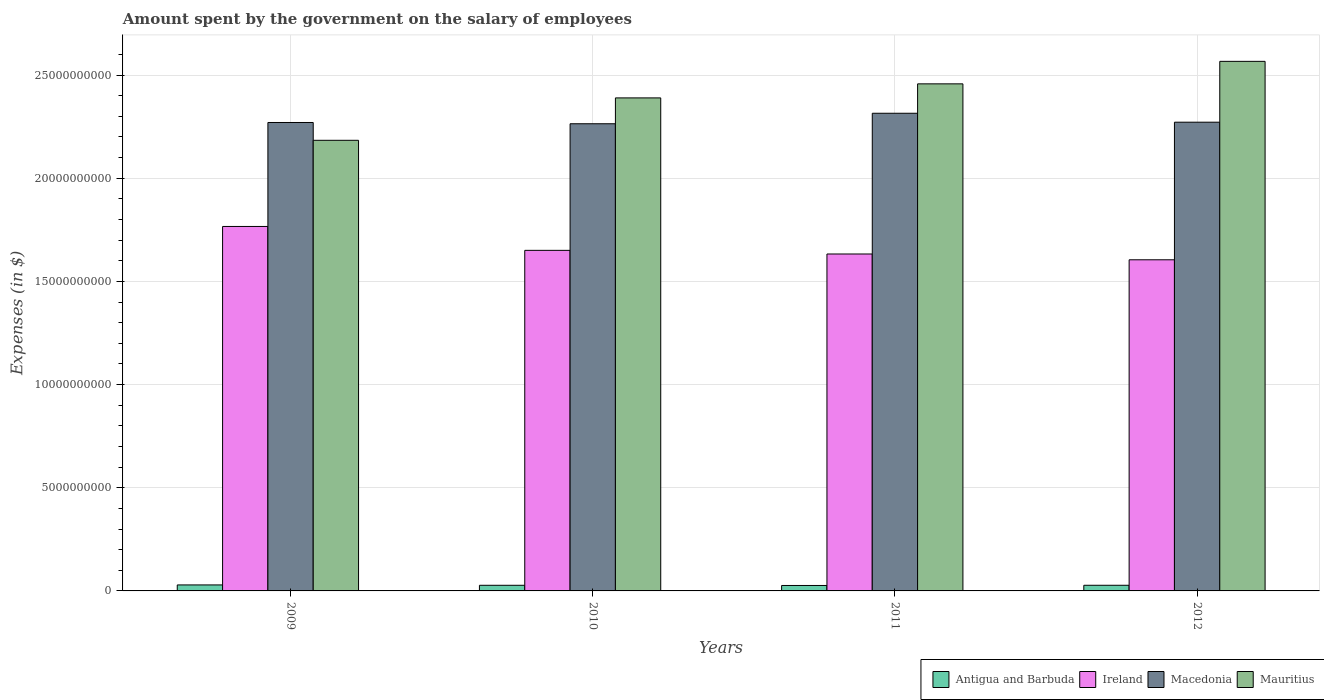
| Years | Antigua and Barbuda | Ireland | Macedonia | Mauritius |
 | --- | --- | --- | --- | --- |
 | 2009 | 2.91e+08 | 1.77e+10 | 2.27e+10 | 2.18e+10 |
 | 2010 | 2.73e+08 | 1.65e+10 | 2.26e+10 | 2.39e+10 |
 | 2011 | 2.64e+08 | 1.63e+10 | 2.31e+10 | 2.46e+10 |
 | 2012 | 2.74e+08 | 1.6e+10 | 2.27e+10 | 2.57e+10 |